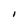
Character: l